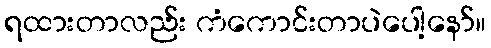
ရထားတာလည်း ကံကောင်းတာပဲပေါ့နော်။